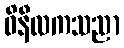
ဝိနီလကသညာ